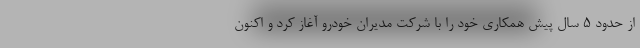
از حدود 5 سال پیش همکاری خود را با شرکت مدیران خودرو آغاز کرد و اکنون